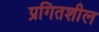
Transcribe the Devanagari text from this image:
प्रगितशील